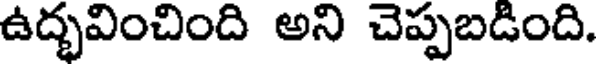
ఉద్భవించింది అని చెప్పబడింది.